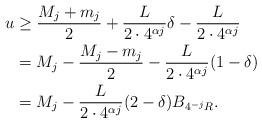
LaTeX: \begin{align*}u&\ge\frac{M_j+m_j}{2}+\frac{L}{2\cdot 4^{\alpha j}}\delta-\frac{L}{2\cdot 4^{\alpha j}}\\&=M_j-\frac{M_j-m_j}{2}-\frac{L}{2\cdot 4^{\alpha j}}(1-\delta)\\&=M_j-\frac{L}{2\cdot 4^{\alpha j}}(2-\delta) B_{ 4^{-j}R }.\end{align*}